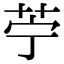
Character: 苧